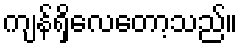
ကျန်ရှိလေတော့သည်။